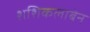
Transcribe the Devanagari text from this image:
शशिकलाबेन